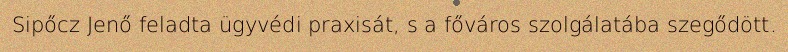
Sipőcz Jenő feladta ügyvédi praxisát, s a főváros szolgálatába szegődött.